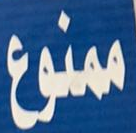
ممنوع